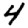
Digit: 4